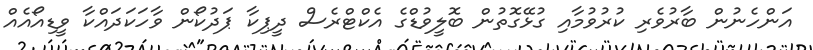
އަންހެނުން ބާރުވެރި ކުރުވުމާއި ގުޅޭގޮތުން ބޮލީވުޑްގެ އެކްޓްރެސް ދީޕިކާ ޕަދުކޯން ވާހަކަދައްކާ ވީޑިއޯއެއް